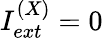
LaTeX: I_{ext}^{(X)}=0